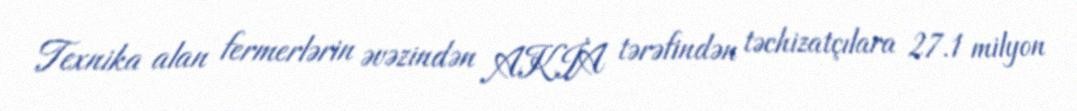
Texnika alan fermerlərin əvəzindən AKİA tərəfindən təchizatçılara 27.1 milyon